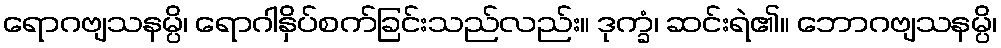
ရောဂဗျသနမ္ပိ၊ ရောဂါနှိပ်စက်ခြင်းသည်လည်း။ ဒုက္ခံ၊ ဆင်းရဲ၏။ ဘောဂဗျသနမ္ပိ၊